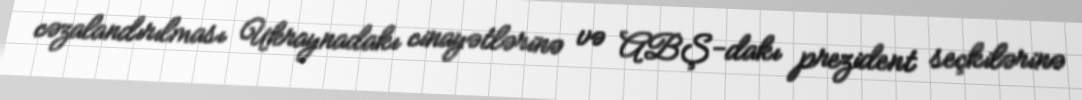
cəzalandırılması Ukraynadakı cinayətlərinə və ABŞ-dakı prezident seçkilərinə